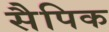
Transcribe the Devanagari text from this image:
सैपिक